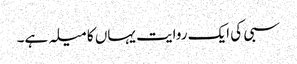
سبی کی ایک روایت یہاں کا میلہ ہے۔